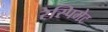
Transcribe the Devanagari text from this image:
रेस्पिमेट